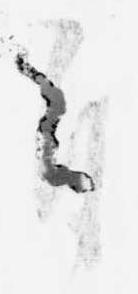
自